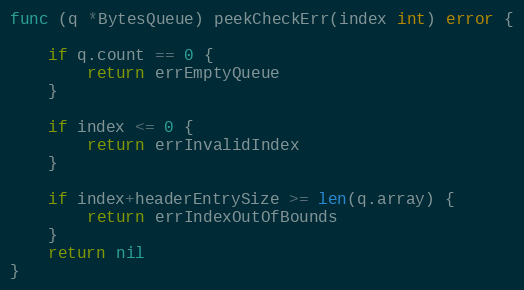
Language: Go
func (q *BytesQueue) peekCheckErr(index int) error {

	if q.count == 0 {
		return errEmptyQueue
	}

	if index <= 0 {
		return errInvalidIndex
	}

	if index+headerEntrySize >= len(q.array) {
		return errIndexOutOfBounds
	}
	return nil
}